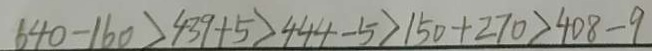
6 4 0 - 1 6 0 > 4 3 9 + 5 > 4 4 4 - 5 > 1 5 0 + 2 7 0 > 4 0 8 - 9